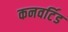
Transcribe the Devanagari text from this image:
कनवर्टिड